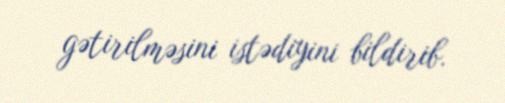
gətirilməsini istədiyini bildirib.